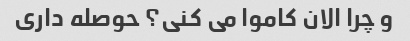
و چرا الان کاموا می کنی؟ حوصله داری